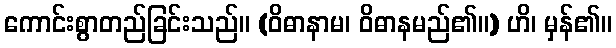
ကောင်းစွာတည်ခြင်းသည်။ (ဝိဓာနာမ၊ ဝိဓာနမည်၏။) ဟိ၊ မှန်၏။